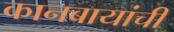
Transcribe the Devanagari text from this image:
कानबायांची